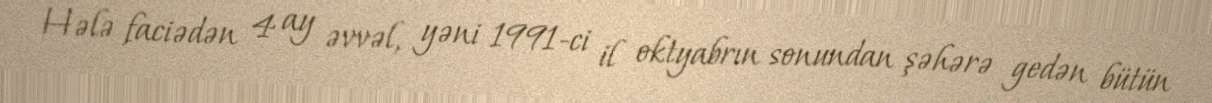
Hələ faciədən 4 ay əvvəl, yəni 1991-ci il oktyabrın sonundan şəhərə gedən bütün